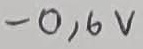
Text: -0,6V